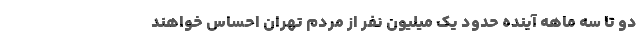
دو تا سه ماهه آینده حدود یک میلیون نفر از مردم تهران احساس خواهند